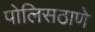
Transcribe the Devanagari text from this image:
पोलिसठाणे